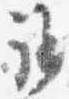
講